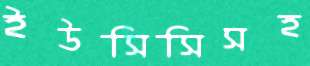
ইউসিসিসহ